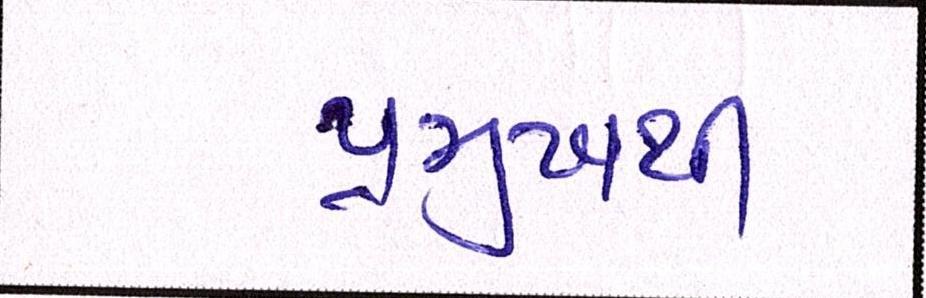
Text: પ્રમુખથી